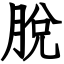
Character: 脫